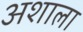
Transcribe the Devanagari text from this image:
अशाला